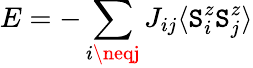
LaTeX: E=-\sum_{i\neqj}J_{ij}\langle\mathtt{S}_{i}^{z}\mathtt{S}_{j}^{z}\rangle